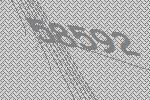
58592